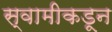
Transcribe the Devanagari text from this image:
स्वामीकडून